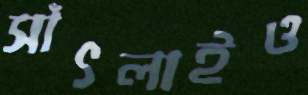
সাঁৎলাইও